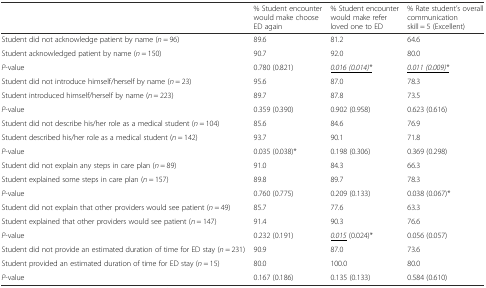
<table><thead><tr><td></td><td><b>% Student encounter would make choose ED again</b></td><td><b>% Student encounter would make refer loved one to ED</b></td><td><b>% Rate student’s overall communication skill = 5 (Excellent)</b></td></tr></thead><tbody><tr><td>Student did not acknowledge patient by name (<i>n</i> = 96)</td><td>89.6</td><td>81.2</td><td>64.6</td></tr><tr><td>Student acknowledged patient by name (<i>n</i> = 150)</td><td>90.7</td><td>92.0</td><td>80.0</td></tr><tr><td><i>P</i>-value</td><td>0.780 (0.821)</td><td><i><underline>0.016 (0.014)*</underline></i></td><td><i><underline>0.011 (0.009)*</underline></i></td></tr><tr><td>Student did not introduce himself/herself by name (<i>n</i> = 23)</td><td>95.6</td><td>87.0</td><td>78.3</td></tr><tr><td>Student introduced himself/herself by name (<i>n</i> = 223)</td><td>89.7</td><td>87.8</td><td>73.5</td></tr><tr><td><i>P</i>-value</td><td>0.359 (0.390)</td><td>0.902 (0.958)</td><td>0.623 (0.616)</td></tr><tr><td>Student did not describe his/her role as a medical student (<i>n</i> = 104)</td><td>85.6</td><td>84.6</td><td>76.9</td></tr><tr><td>Student described his/her role as a medical student (<i>n</i> = 142)</td><td>93.7</td><td>90.1</td><td>71.8</td></tr><tr><td><i>P</i>-value</td><td>0.035 (0.038)*</td><td>0.198 (0.306)</td><td>0.369 (0.298)</td></tr><tr><td>Student did not explain any steps in care plan (<i>n</i> = 89)</td><td>91.0</td><td>84.3</td><td>66.3</td></tr><tr><td>Student explained some steps in care plan (<i>n</i> = 157)</td><td>89.8</td><td>89.7</td><td>78.3</td></tr><tr><td><i>P</i>-value</td><td>0.760 (0.775)</td><td>0.209 (0.133)</td><td>0.038 (0.067)*</td></tr><tr><td>Student did not explain that other providers would see patient (<i>n</i> = 49)</td><td>85.7</td><td>77.6</td><td>63.3</td></tr><tr><td>Student explained that other providers would see patient (<i>n</i> = 147)</td><td>91.4</td><td>90.3</td><td>76.6</td></tr><tr><td><i>P</i>-value</td><td>0.232 (0.191)</td><td><i><underline>0.015</underline></i> (0.024)*</td><td>0.056 (0.057)</td></tr><tr><td>Student did not provide an estimated duration of time for ED stay (<i>n</i> = 231)</td><td>90.9</td><td>87.0</td><td>73.6</td></tr><tr><td>Student provided an estimated duration of time for ED stay (<i>n</i> = 15)</td><td>80.0</td><td>100.0</td><td>80.0</td></tr><tr><td><i>P</i>-value</td><td>0.167 (0.186)</td><td>0.135 (0.133)</td><td>0.584 (0.610)</td></tr></tbody></table>